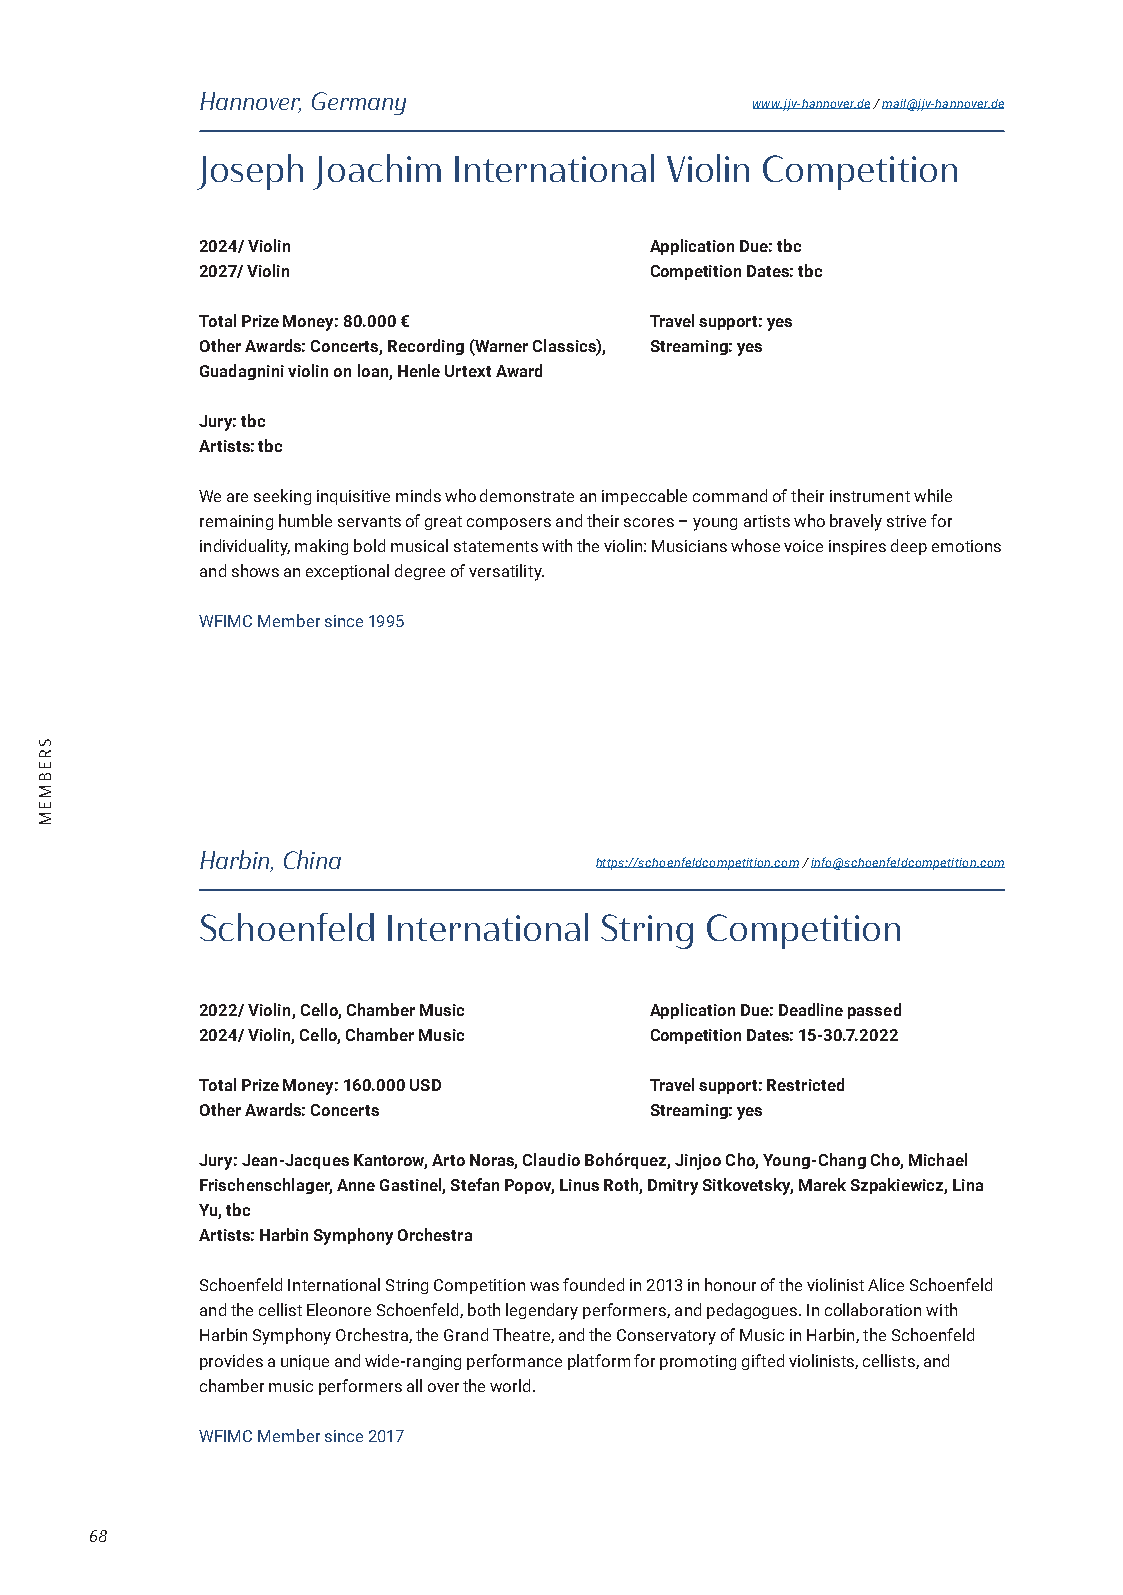
Hannover, Germany
 www.jjv-hannover.de / mail@jjv-hannover.de
 Joseph  Joachim  International Violin Competition
 2024/ Violin                  Application Due: tbc
 2027/ Violin                  Competition Dates: tbc
 Total Prize Money: 80.000 €   Travel support: yes
 Other Awards: Concerts, Recording (Warner Classics), Streaming: yes
 Guadagnini violin on loan, Henle Urtext Award
 Jury: tbc
 Artists: tbc
 We are seeking inquisitive minds who demonstrate an impeccable command of their instrument while
 remaining humble servants of great composers and their scores – young artists who bravely strive for
 individuality, making bold musical statements with the violin: Musicians whose voice inspires deep emotions
 and shows an exceptional degree of versatility.
 WFIMC Member since 1995
 Harbin, China
 https://schoenfeldcompetition.com / info@schoenfeldcompetition.com
 Schoenfeld   International String Competition
 2022/ Violin, Cello, Chamber Music Application Due: Deadline passed
 2024/ Violin, Cello, Chamber Music Competition Dates: 15-30.7.2022
 Total Prize Money: 160.000 USD Travel support: Restricted
 Other Awards: Concerts        Streaming: yes
 Jury: Jean-Jacques Kantorow, Arto Noras, Claudio Bohórquez, Jinjoo Cho, Young-Chang Cho, Michael
 Frischenschlager, Anne Gastinel, Stefan Popov, Linus Roth, Dmitry Sitkovetsky, Marek Szpakiewicz, Lina
 Yu, tbc
 Artists: Harbin Symphony Orchestra
 Schoenfeld International String Competition was founded in 2013 in honour of the violinist Alice Schoenfeld
 and the cellist Eleonore Schoenfeld, both legendary performers, and pedagogues. In collaboration with
 Harbin Symphony Orchestra, the Grand Theatre, and the Conservatory of Music in Harbin, the Schoenfeld
 provides a unique and wide-ranging performance platform for promoting gifted violinists, cellists, and
 chamber music performers all over the world.
 WFIMC Member since 2017
 68
 SREBMEM